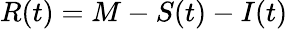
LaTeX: R(t)=M-S(t)-I(t)